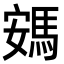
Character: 𮪂